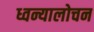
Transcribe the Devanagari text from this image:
ध्वन्यालोचन